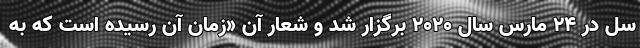
سل در ۲۴ مارس سال ۲۰۲۰ برگزار شد و شعار آن «زمان آن رسیده است که به